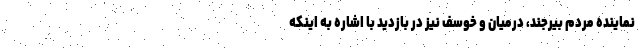
نماینده مردم بیرجند، درمیان و خوسف نیز در بازدید با اشاره به اینکه